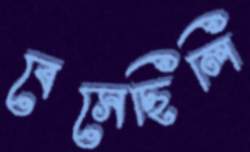
বেসেছিলি